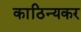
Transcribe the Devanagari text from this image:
काठिन्यकर